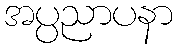
အပ္ပညာပနာ